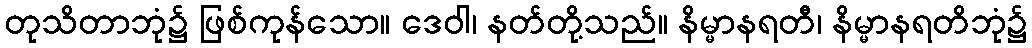
တုသိတာဘုံ၌ ဖြစ်ကုန်သော။ ဒေဝါ၊ နတ်တို့သည်။ နိမ္မာနရတီ၊ နိမ္မာနရတိဘုံ၌